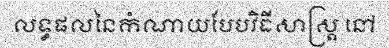
លទ្ធផលនៃកំណាយបែបវិធីសាស្ត្រ នៅ